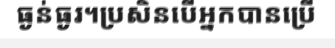
ធ្ងន់ធ្ងរ។ប្រសិនបើអ្នកបានប្រើ